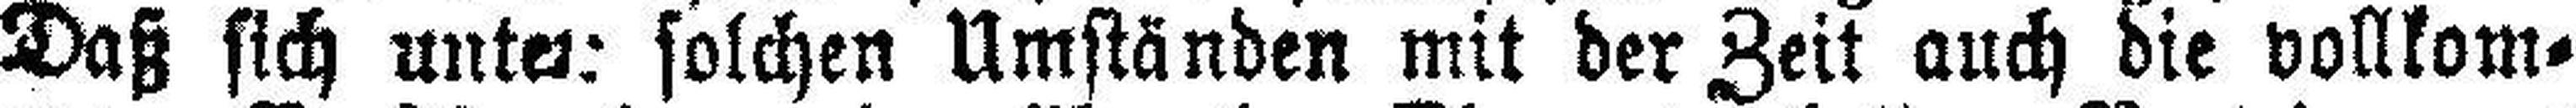
Daß sich unten solchen Umständen mit der Zeit auch die vollkom¬